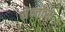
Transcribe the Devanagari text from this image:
सेन्तोसा